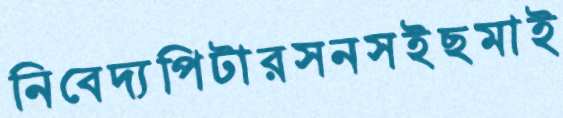
নিবেদ্যপিটারসনসইছমাই